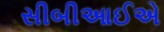
સીબીઆઈએ